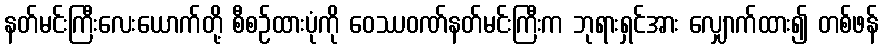
နတ်မင်းကြီးလေးယောက်တို့ စီစဉ်ထားပုံကို ဝေဿဝဏ်နတ်မင်းကြီးက ဘုရားရှင်အား လျှောက်ထား၍ တစ်ဖန်